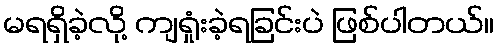
မရရှိခဲ့လို့ ကျရှုံးခဲ့ရခြင်းပဲ ဖြစ်ပါတယ်။